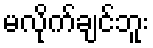
မလိုက်ချင်ဘူး